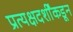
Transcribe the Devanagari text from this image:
प्रत्यक्षदर्शींकडून